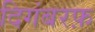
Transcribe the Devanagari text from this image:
दिगंबरफ़